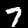
Digit: 7